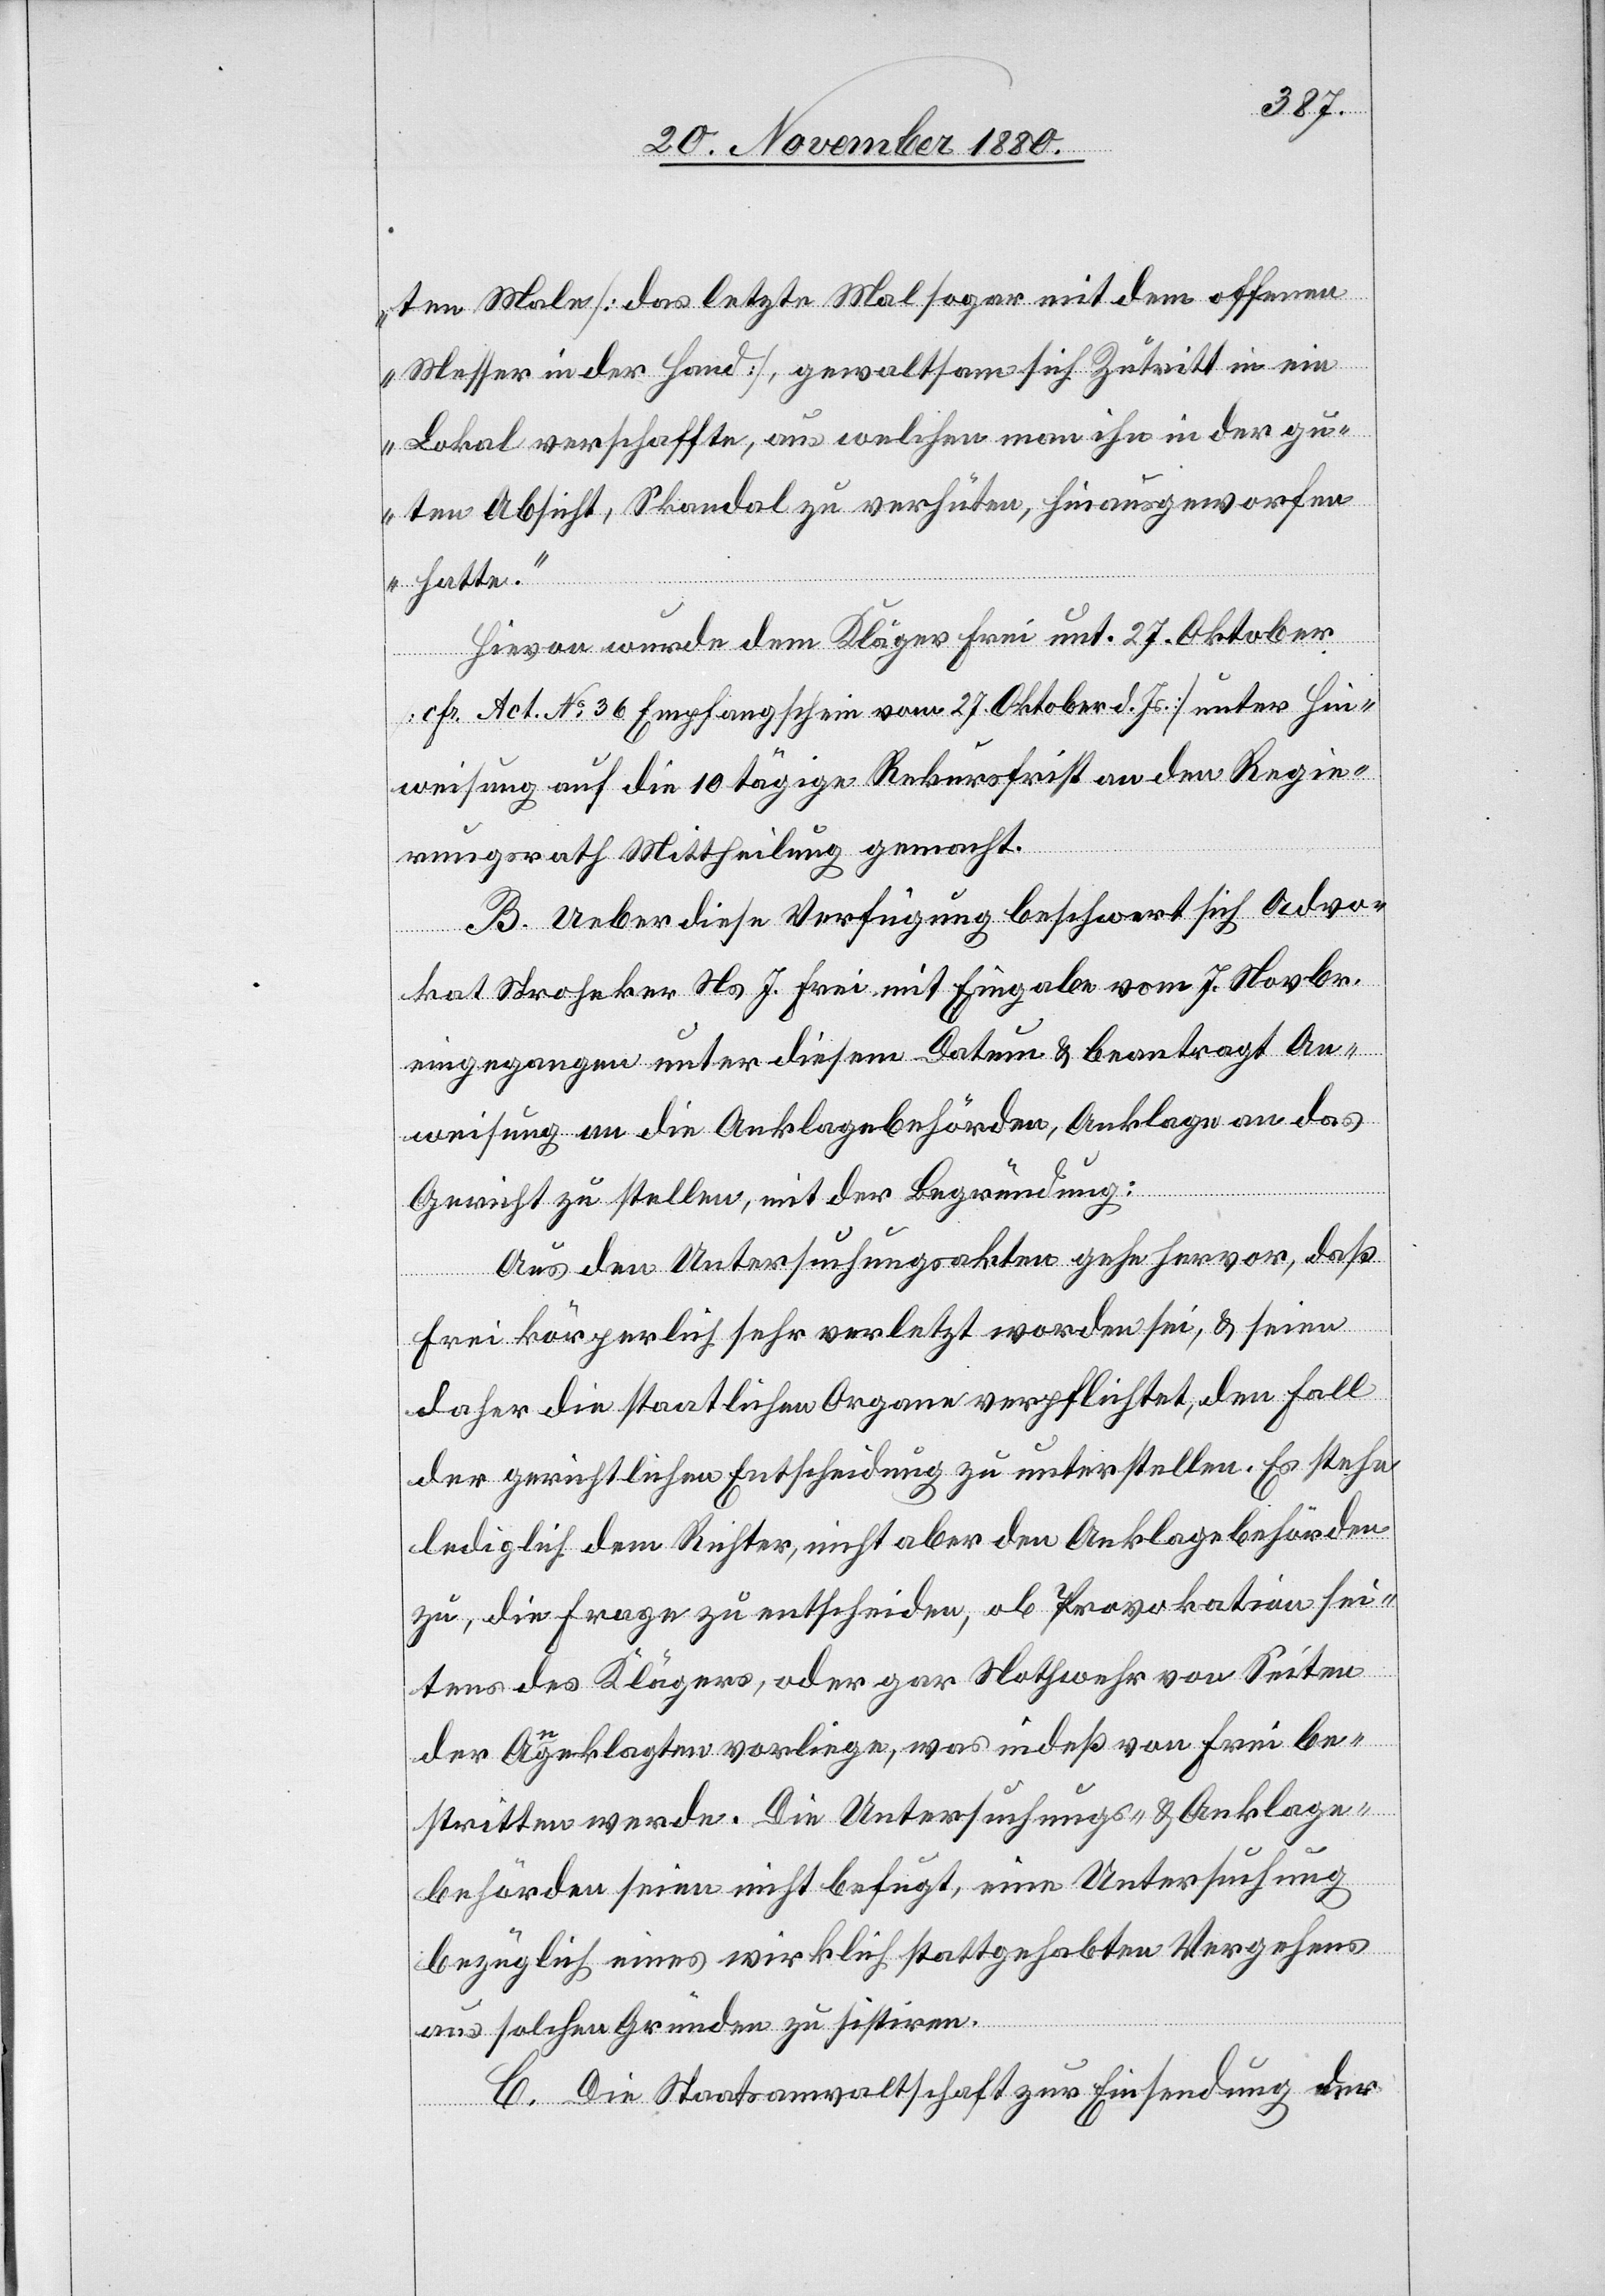
ten Male [das letzten Mal sogar mit dem offenen
Messer in der Hand], gewaltsam sich Zutritt in ein
Lokal verschaffte, aus welchen man ihn in der gu¬
ten Absicht, Skandal zu verhüten, hinausgeworfen
hatte.“
Hievon wurde dem Kläger Frei unt. 27. Oktober
[cfr. Act. No 36 Empfangschein vom 27. Oktober d. Js.] unter Hin¬
weisung auf die 10tägige Rekursfrist an den Regie¬
rungsrath Mittheilung gemacht.
B. Ueber diese Verfügung beschwert sich Advo¬
kat Stroheker Ns. J. Frei mit Eingabe vom 7. Novbr.
eingegangen unter diesem Datum & beantragt An¬
weisung an die Anklagebehörden, Anklage an das
Gericht zu stellen, mit der Begründung:
Aus den Untersuchungsakten gehe hervor, daß
Frei körperlich sehr verletzt worden sei, & seien
daher die staatlichen Organe verpflichtet, den Fall
der gerichtlichen Entscheidung zu unterstellen. Es stehe
lediglich dem Richter, nicht aber den Anklagebehörden
zu, die Frage zu entscheiden, ob Provokation sei¬
tens des Klägers, oder gar Nothwehr von Seiten
der Angeklagten vorliege, was indeß von Frei be¬
stritten werde. Die Untersuchungs- & Anklage¬
behörden seien nicht befugt, eine Untersuchung
bezüglich eines wirklich stattgehabten Vergehens
aus solchen Gründen zu sistiren.
C. Die Staatsanwaltschaft zur Einsendung der